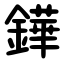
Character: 鏵